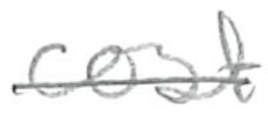
Text: cost
Cross-out: mix
Writing tool: pencil